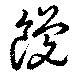
饞